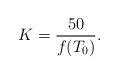
LaTeX: \begin{align*}K= \frac{50}{f(T_0)}.\end{align*}